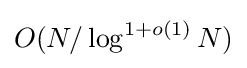
O(N/\log ^{1+o(1)}N)